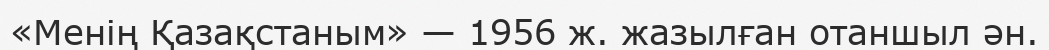
«Менің Қазақстаным» — 1956 ж. жазылған отаншыл ән.